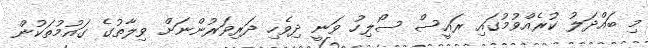
މި ބައްދަލު ކުރެއްވުމުގައި ރައީސް ސޯލިހު ވަނީ ދިވެހި ދަރިވަރުންނަށް ވިލާތުގެ ގައުމުތަކުން